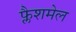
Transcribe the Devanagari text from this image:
फ्लैशमेल